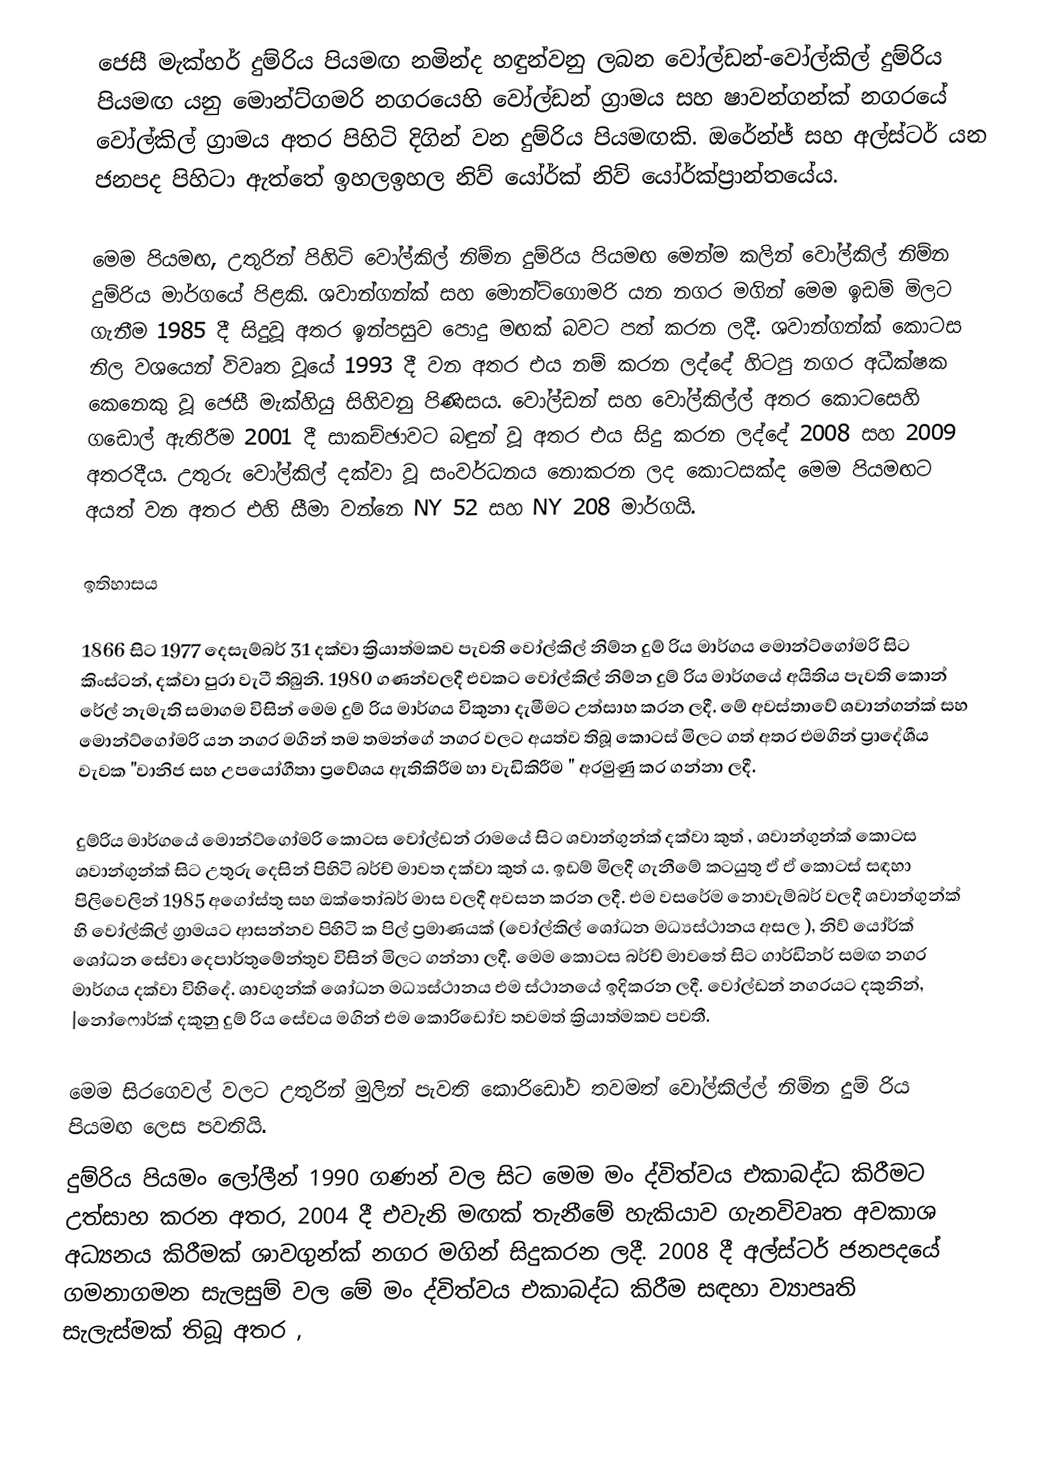
ජෙසී මැක්හර් දුම්රිය පියමඟ  නමින්ද හඳුන්වනු ලබන වෝල්ඩන්-වෝල්කිල් දුම්රිය පියමඟ යනු මොන්ට්ගමරි නගරයෙහි වෝල්ඩන් ග්‍රාමය සහ ෂාවන්ගන්ක් නගරයේ  වෝල්කිල් ග්‍රාමය අතර පිහිටි දිගින්  වන දුම්රිය පියමඟකි. ඔරේන්ජ් සහ අල්ස්ටර් යන ජනපද පිහිටා ඇත්තේ ඉහලඉහල නිව් යෝර්ක්  නිව් යෝර්ක්ප්‍රාන්තයේය.

මෙම පියමඟ, උතුරින් පිහිටි වෝල්කිල් නිම්න දුම්රිය පියමඟ  මෙන්ම කලින් වෝල්කිල් නිම්න දුම්රිය මාර්ගයේ පිළකි. ශවාන්ගන්ක් සහ මොන්ට්ගොමරි යන නගර මගින් මෙම ඉඩම් මිලට ගැනීම 1985 දී සිදුවූ අතර ඉන්පසුව පොදු මඟක් බවට පත් කරන ලදී. ශවාන්ගන්ක් කොටස නිල වශයෙන් විවෘත වූයේ 1993 දී වන අතර එය නම් කරන ලද්දේ හිටපු නගර අධීක්ෂක කෙනෙකු වූ ජෙසී මැක්හියු සිහිවනු පිණිසය. වෝල්ඩන් සහ වෝල්කිල්ල් අතර කොටසෙහි ගඩොල් ඇතිරීම 2001 දී සාකච්ඡාවට බඳුන් වූ අතර එය සිදු කරන ලද්දේ 2008 සහ 2009 අතරදීය. උතුරු වෝල්කිල් දක්වා වූ සංවර්ධනය නොකරන ලද කොටසක්ද මෙම පියමඟට අයත් වන අතර එහි සීමා වන්නෙ NY 52 සහ NY 208 මාර්ගයි.

ඉතිහාසය

1866   සිට 1977 දෙසැම්බර් 31  දක්වා ක්‍රියාත්මකව පැවති වෝල්කිල් නිම්න දුම් රිය මාර්ගය මොන්ට්ගෝමරි සිට කිංස්ටන්, දක්වා   පුරා වැටී තිබුනි. 1980 ගණන්වලදී එවකට වෝල්කිල් නිම්න දුම් රිය මාර්ගයේ අයිතිය පැවති කොන් රේල් නැමැති සමාගම විසින් මෙම දුම් රිය මාර්ගය විකුනා දැමීමට උත්සාහ කරන ලදී. මේ අවස්තාවේ ශවාන්ගන්ක් සහ මොන්ට්ගෝමරි  යන නගර මගින් තම තමන්ගේ නගර වලට අයත්ව තිබූ කොටස් මිලට ගත් අතර එමගින් ප්‍රාදේශීය වැවක "වානිජ සහ උපයෝගීතා ප්‍රවේශය ඇතිකිරීම හා වැඩිකිරීම " අරමුණු කර ගන්නා ලදී.

දුම්රිය මාර්ගයේ මොන්ට්ගෝමරි කොටස වෝල්ඩන් රාමයේ සිට ශවාන්ගුන්ක් දක්වා   කුත් , ශවාන්ගුන්ක් කොටස ශවාන්ගුන්ක් සිට උතුරු දෙසින් පිහිටි බර්ච් මාවත දක්වා  කුත් ය. ඉඩම් මිලදී ගැනීමේ කටයුතු ඒ ඒ කොටස් සඳහා පිලිවෙලින්  1985 අගෝස්තු සහ ඔක්තෝබර් මාස වලදී අවසන කරන ලදී.  එම වසරේම නොවැම්බර් වලදී  ශවාන්ගුන්ක් හි වෝල්කිල් ග්‍රාමයට ආසන්නව පිහිටි  ක පිල් ප්‍රමාණයක් (වෝල්කිල් ශෝධන මධ්‍යස්ථානය   අසල ),   නිව් යෝර්ක් ශෝධන සේවා දෙපාර්තුමේන්තුව විසින් මිලට ගන්නා ලදී. මෙම කොටස බර්ච් මාවතේ සිට  ගාර්ඩිනර් සමඟ නගර මාර්ගය දක්වා විහිදේ.  ශාවගුන්ක් ශෝධන මධ්‍යස්ථානය  එම ස්ථානයේ ඉදිකරන ලදී. වෝල්ඩන් නගරයට දකුනින්, |නෝෆොර්ක් දකුනු දුම් රිය සේවය මගින්  එම කොරිඩෝව තවමත් ක්‍රියාත්මකව පවතී.

මෙම සිරගෙවල් වලට උතුරින් මුලින් පැවති කොරිඩෝව තවමත් වෝල්කිල්ල් නිම්න දුම් රිය පියමඟ ලෙස පවතියි.
  දුම්රිය පියමං ලෝලීන් 1990 ගණන් වල සිට මෙම මං ද්විත්වය එකාබද්ධ කිරීමට උත්සාහ කරන අතර,  2004 දී එවැනි මඟක් තැනීමේ හැකියාව ගැනවිවෘත අවකාශ අධ්‍යනය කිරීමක් ශාවගුන්ක් නගර මගින් සිදුකරන ලදී. 2008 දී අල්ස්ටර් ජනපදයේ ගමනාගමන සැලසුම් වල මේ මං ද්විත්වය එකාබද්ධ කිරීම සඳහා ව්‍යාපෘති සැලැස්මක් තිබූ අතර ,